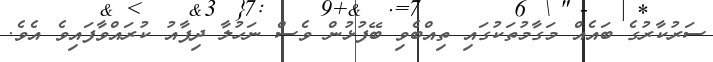
ސަރުކާރުގެ ބައެއް މަގާމުތަކުގައި ތިއްބެވި ބޭފުޅުން ވެސް ނަހުލާ ދިފާއު ކުރައްވާފައިވެ އެވެ.